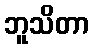
ဘူသိတာ